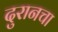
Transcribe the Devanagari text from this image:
दुरानचा